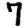
Digit: 7